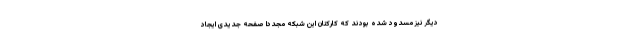
دیگر نیز مسدود شده بودند که کارکنان این شبکه مجددا صفحه جدیدی ایجاد